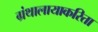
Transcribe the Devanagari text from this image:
ग्रंथालायाकरिता